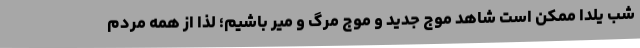
شب یلدا ممکن است شاهد موج جدید و موج مرگ و میر باشیم؛ لذا از همه مردم